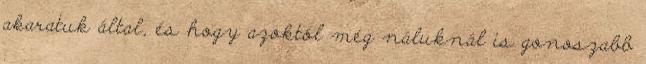
akaratuk által, és hogy azoktól még náluknál is gonoszabb